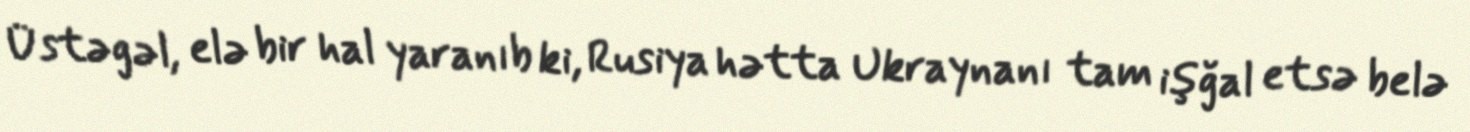
Üstəgəl, elə bir hal yaranıb ki, Rusiya hətta Ukraynanı tam işğal etsə belə